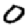
Digit: 0